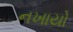
નખાયો